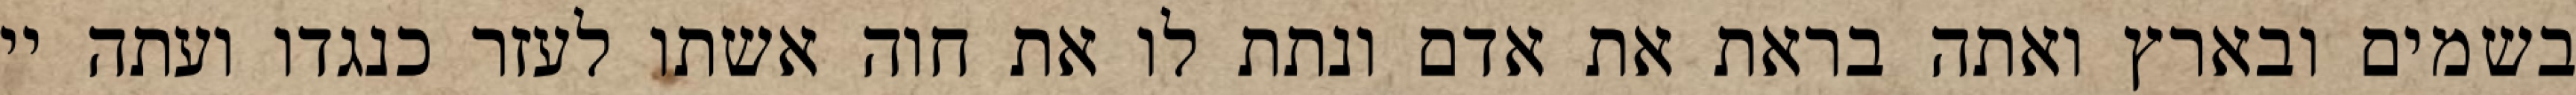
בשמים ובארץ ואתה בראת את אדם ונתת לו את חוה אשתו לעזר כנגדו ועתה יי